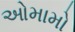
ઓમામો